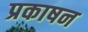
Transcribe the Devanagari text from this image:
प्रकाषन